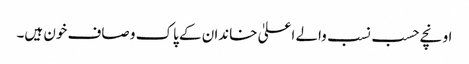
اونچے حسب نسب والے اعلیٰ خاندان کے پاک و صاف خون ہیں۔